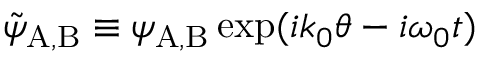
\tilde { \psi } _ { \mathrm { A , B } } \equiv \psi _ { \mathrm { A , B } } \exp ( i k _ { 0 } \theta - i \omega _ { 0 } t )